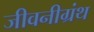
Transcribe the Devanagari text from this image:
जीवनीग्रंथ